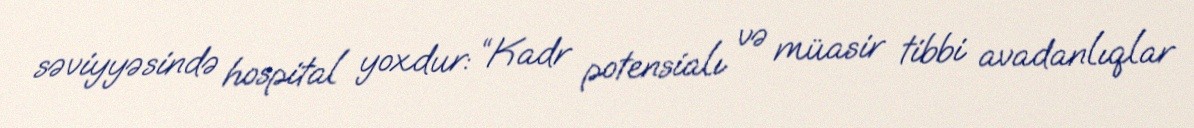
səviyyəsində hospital yoxdur: “Kadr potensialı və müasir tibbi avadanlıqlar